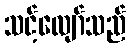
သင့်လျော်သည်